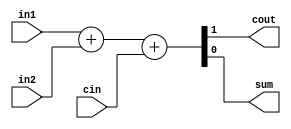
module full_adder(cout, sum, in1, in2, cin);
    input in1, in2;
    input cin;
    output sum, cout;

    assign {cout, sum} = in1 + in2 + cin;
endmodule

module full_adder_32bit(cout, sum, in1, in2, cin);
    input [31: 0] in1, in2;
    output [31: 0] sum;

    input cin;
    output cout;

    wire [31: 0] carry;

    assign carry[0] = cin;

    genvar j;

    generate for (j = 0; j < 32; j = j + 1) begin: full_adder_loop
        if ( j == 31)
        begin
            full_adder fa1(cout, sum[j], in1[j], in2[j], carry[j]);
        end
        else
        begin
            full_adder fa1(carry[j + 1], sum[j], in1[j], in2[j], carry[j]);
        end
    end
    endgenerate


endmodule

module testbench;
    reg[31:0] INP1, INP2;
    reg cin;

    wire [31:0] sum;
    wire cout;

    full_adder_32bit FA(cout, sum, INP1, INP2, cin);

    initial
    begin
        
        INP1 = 10'd10;
        INP2 = 10'd5;
        cin = 1'd0;
        $monitor($time, "INP1 = %d, INP2 = %d SUM = %d COUT = %b", INP1, INP2, sum, cout);

        #100 INP1 = 10'd45;
        #100 INP1 = 10'd45;
        #1000 $finish;
    end
endmodule